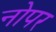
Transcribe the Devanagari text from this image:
नोपर